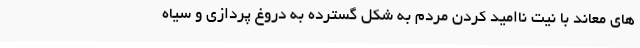
های معاند با نیت ناامید کردن مردم به شکل گسترده به دروغ پردازی و سیاه